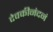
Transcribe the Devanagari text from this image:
देवकीनंदनं